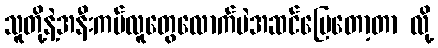
သူတို့နဲ့အနီးကပ်လူတွေလောက်ပဲအဆင်ပြေတော့တာ လို့